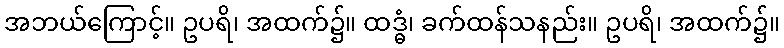
အဘယ်ကြောင့်။ ဥပရိ၊ အထက်၌။ ထဒ္ဓံ၊ ခက်ထန်သနည်း။ ဥပရိ၊ အထက်၌။